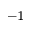
^ { - 1 }